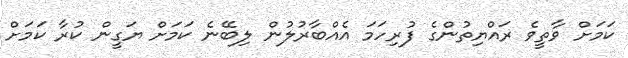
ކަމަށް ވާތީވެ ރައްޔިތުންގެ ފުރިހަމަ އެއްބާރުލުން ލިބޭނެ ކަމަށް ޔަގީން ކުރާ ކަމަށް